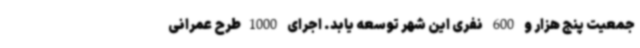
جمعیت پنج هزار و 600 نفری این شهر توسعه یابد. اجرای 1000طرح عمرانی